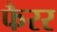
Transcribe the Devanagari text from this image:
फैरर